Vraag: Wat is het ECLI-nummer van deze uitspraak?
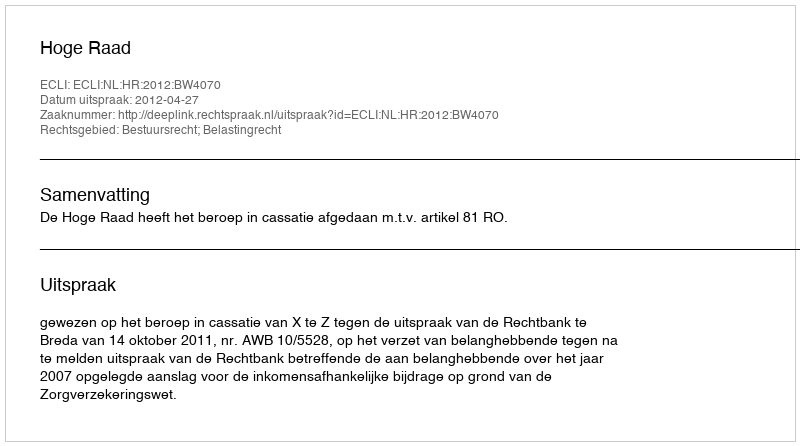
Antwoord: ECLI:NL:HR:2012:BW4070